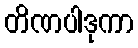
တိဏပါဒုကာ